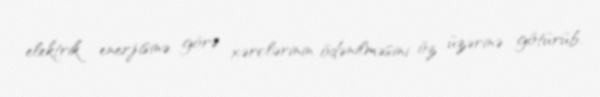
elektrik enerjisinə görə xərclərinin ödənilməsini öz üzərinə götürüb.